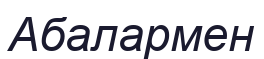
Абалармен